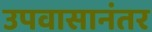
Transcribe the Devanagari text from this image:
उपवासानंतर